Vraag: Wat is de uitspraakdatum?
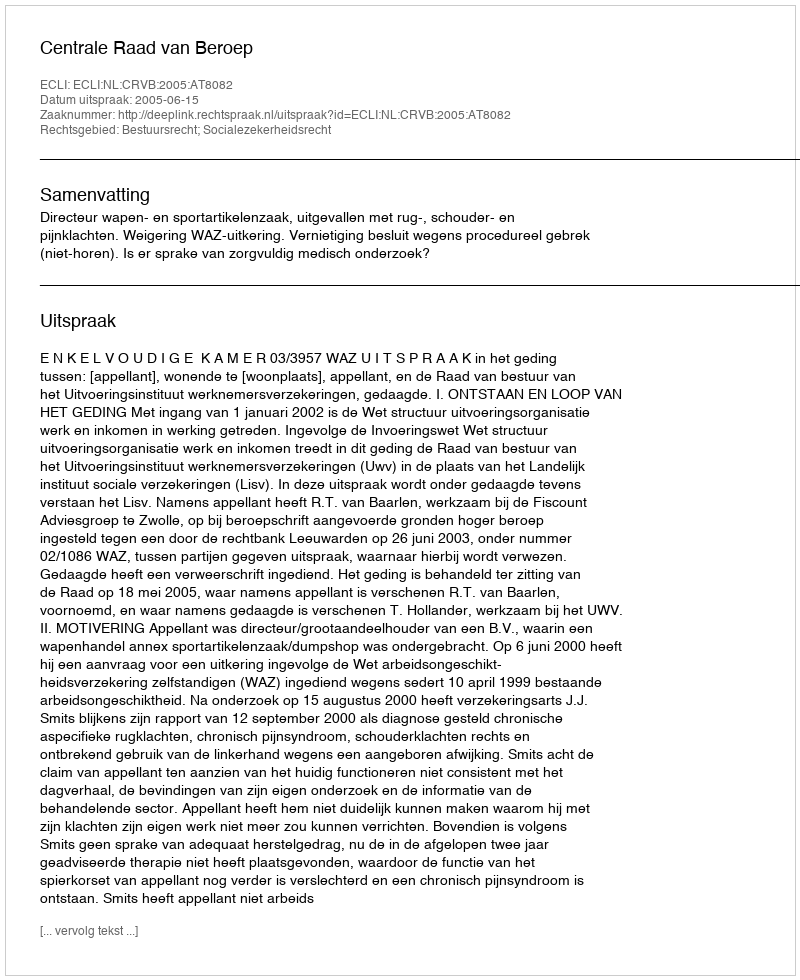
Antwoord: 2005-06-15